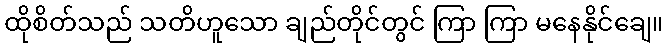
ထိုစိတ်သည် သတိဟူသော ချည်တိုင်တွင် ကြာ ကြာ မနေနိုင်ချေ။